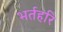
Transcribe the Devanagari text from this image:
भर्तहरि